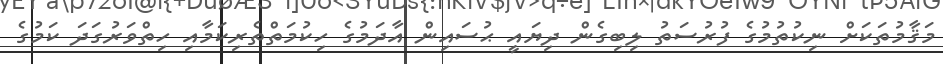
މަޤާމުތަކަށް ނިކުތުމުގެ ފުރުސަތު ލިބިގެން ދިޔައީ ޙުސައިން އާދަމުގެ ހިކުމަތްތެރިކަމާއި ހިތްވަރުގަދަ ކަމުގެ